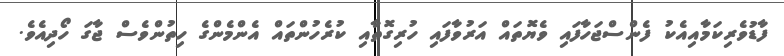
ފާޑުވެރިކަމާއިއެކު ފެންސްޖަހާފައި ވެޔޮތައް އަރުވާފައި ހުރިގޮތާއި ކުރެހުންތައް އެންމެންގެ ހިތުންވެސް ޖާގަ ހޯދިއެވެ.